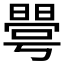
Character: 𰖦